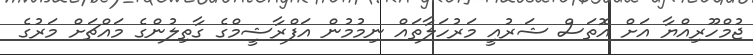
ޖުމްހޫރިއްޔާ އަށް އޮތަސް ޝަރުއީ މަރުހަލާތައް ނިމުމުން އަފްރާޝީމްގެ ގާތިލުންގެ މައްޗަށް މަރުގެ